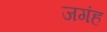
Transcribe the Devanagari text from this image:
जगंह